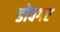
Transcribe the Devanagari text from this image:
डोवगर